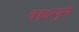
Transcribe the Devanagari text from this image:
चक्रधरपुरसे